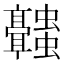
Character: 𬴥